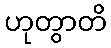
ဟုတွာတိ